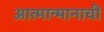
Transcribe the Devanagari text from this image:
आत्मान्मानाची